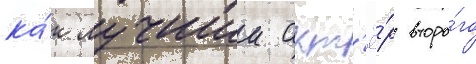
ка́к лучшии акт'ё́р второ́го